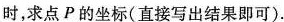
时，求点P的坐标(直接写出结果即可).